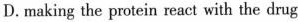
D. making the protein react with the drug